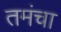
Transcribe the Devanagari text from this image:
तमंचा